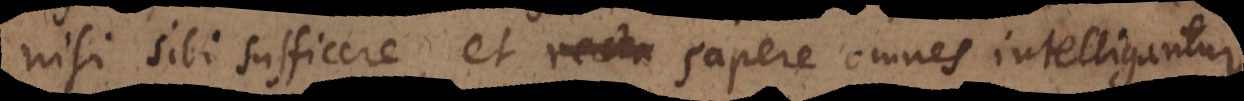
nisi sibi sufficere, et recta sapere omnes intelligantur,